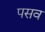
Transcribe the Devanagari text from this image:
पसव